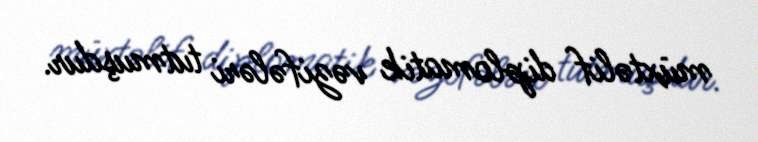
müxtəlif diplomatik vəzifələri tutmuşdur.